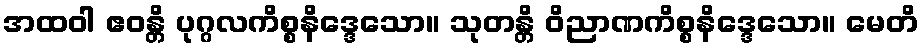
အထဝါ ဧဝန္တိ ပုဂ္ဂလကိစ္စနိဒ္ဒေသော။ သုတန္တိ ဝိညာဏကိစ္စနိဒ္ဒေသော။ မေတိ